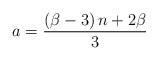
LaTeX: \begin{align*}a=\frac{\left(\beta-3\right)n+2\beta}{3}\end{align*}